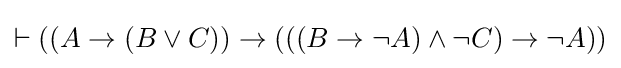
\vdash \left(\left(A\rightarrow \left(B\lor C\right)\right)\rightarrow \left(\left(\left(B\rightarrow \lnot A\right)\land \lnot C\right)\rightarrow \lnot A\right)\right)